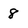
Character: 8